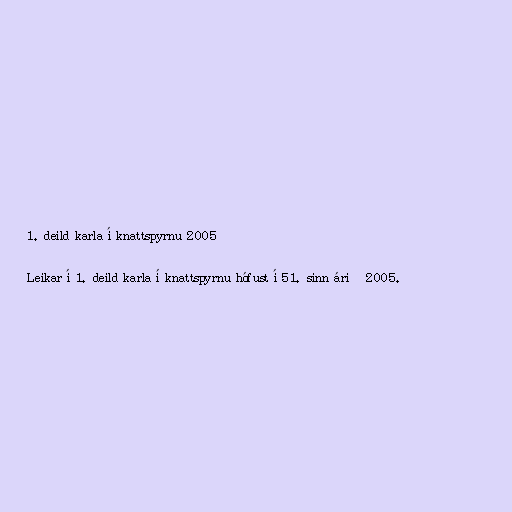
1. deild karla í knattspyrnu 2005

Leikar í 1. deild karla í knattspyrnu hófust í 51. sinn árið 2005.